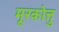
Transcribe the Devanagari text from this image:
मूरकोत्तु